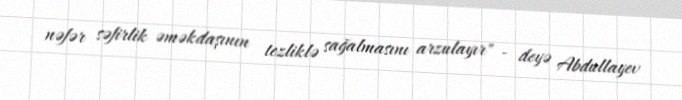
nəfər səfirlik əməkdaşının tezliklə sağalmasını arzulayır" - deyə Abdullayev